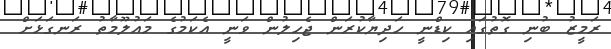
ރަމީޒު ބުނި ގޮތުގައި ކިޑްނީ ހަދިޔާކުރަން ޖެހިލުން ވަނީ އެކަމުގެ މައުލޫމާތު ރަނގަޅަށް